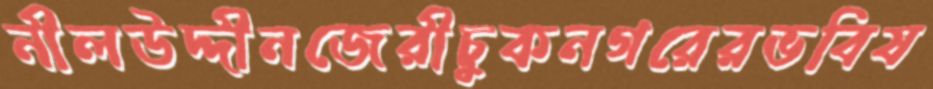
নীলউদ্দীনজেরীচুকনগরেরভবিষ